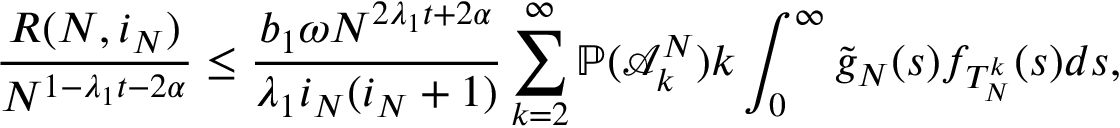
\frac { R ( N , i _ { N } ) } { N ^ { 1 - \lambda _ { 1 } t - 2 \alpha } } \leq \frac { b _ { 1 } \omega N ^ { 2 \lambda _ { 1 } t + 2 \alpha } } { \lambda _ { 1 } i _ { N } ( i _ { N } + 1 ) } \sum _ { k = 2 } ^ { \infty } \mathbb { P } ( \mathcal { A } _ { k } ^ { N } ) k \int _ { 0 } ^ { \infty } \tilde { g } _ { N } ( s ) f _ { T _ { N } ^ { k } } ( s ) d s ,